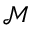
\mathcal { M }